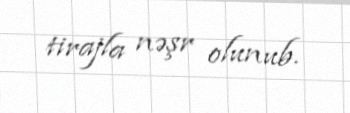
tirajla nəşr olunub.